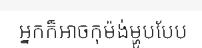
អ្នកក៏អាចកុម៉ង់ម្ហូបបែប